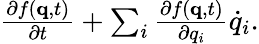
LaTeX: \textstyle{\frac{\partial f(\mathbf{q},t)}{\partial t}}+\sum_{i}{\frac{\partial f(\mathbf{q},t)}{\partial q_{i}}}{\dot{q}}_{i}.